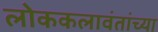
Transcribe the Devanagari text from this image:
लोककलावंतांच्या